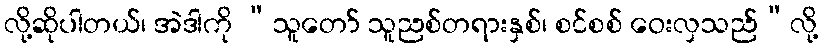
လို့ဆိုပါတယ်၊ အဲဒါကို “သူတော် သူညစ်တရားနှစ်၊ စင်စစ် ဝေးလှသည်”လို့